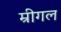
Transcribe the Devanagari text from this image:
म्रीगल